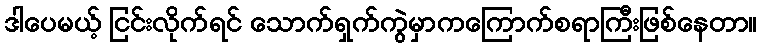
ဒါပေမယ့် ငြင်းလိုက်ရင် သောက်ရှက်ကွဲမှာကကြောက်စရာကြီးဖြစ်နေတာ။